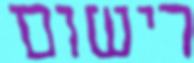
רישום